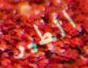
الطير